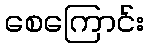
စေကြောင်း